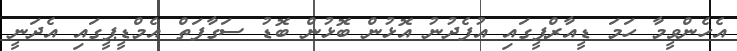
އެހެންވީމާ ހަމަ ޑީއާރްޕީގައި އުފެދުނު އޮޅުން ބޮޅުން ބޮޑު ސަގާފަތް އެމްޑީޕީގައި އެދަނީ